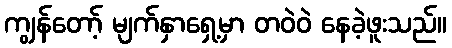
ကျွန်တော့် မျက်နှာရှေ့မှာ တဝဲဝဲ နေခဲ့ဖူးသည်။